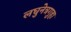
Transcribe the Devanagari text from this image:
लघुनेत्रगुहा